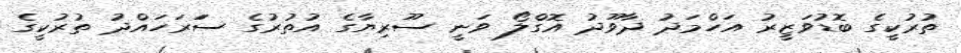
ތުރުކީގެ ބޮޑުވަޒީރު އަހްމަދު ދާވޫދު އޮގްލޯ ވަނީ ސޫރިޔާގެ އުތުރުގެ ސަަރަހައްދު ތުުރުކީގެ